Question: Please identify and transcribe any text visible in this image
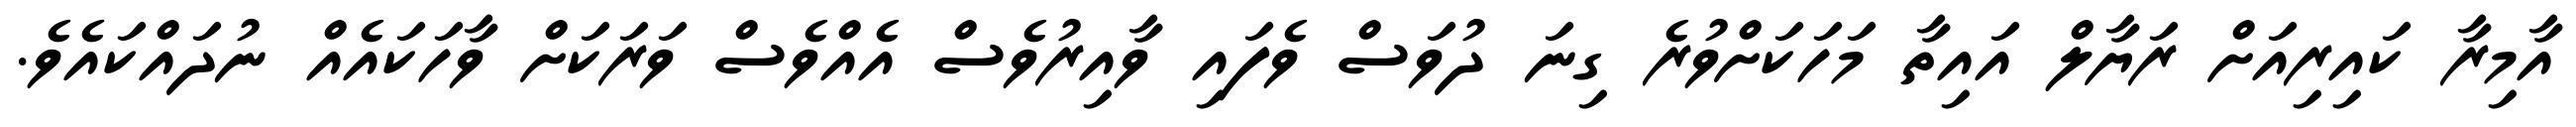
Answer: އާމިރާ ކައިރިއަށް ރަޔާލް އައިތާ މަހަކަށްވުރެ ގިނަ ދުވަސް ވެފައި ވާއިރުވެސް އެއްވެސް ވަރަކަށް ވާހަކައެއް ނުދައްކައެވެ.